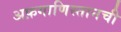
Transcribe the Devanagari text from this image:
अफ़गाणिस्तानची